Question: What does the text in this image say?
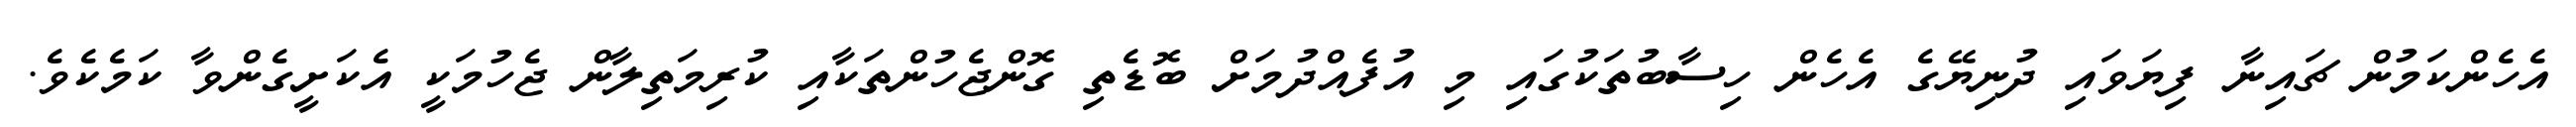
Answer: އެހެންކަމުން ޗައިނާ ފިޔަވައި ދުނިޔޭގެ އެހެން ހިސާބުތަކުގައި މި އުފެއްދުމަށް ބޮޑެތި ގޮންޖެހުންތަކާއި ކުރިމަތިލާން ޖެހުމަކީ އެކަށީގެންވާ ކަމެކެވެ.